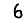
Digit: 6